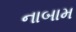
નાબામ